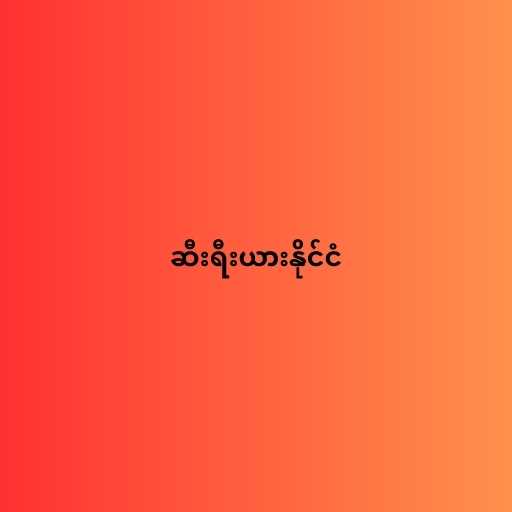
ဆီးရီးယားနိုင်ငံ